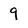
Character: 9